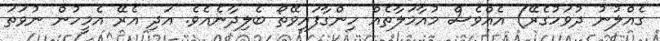
ގެއްލުނު ދުވަހުގެރޭ) އެއްވެސް މުއާމަލާތެއް ހިންގާފައިވޭތޯ ބެލިދާނެއެވެ. އަދި އެރޭ އެމީހުން ނުވަތަ